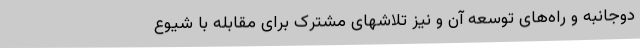
دوجانبه و راه‌های توسعه آن و نیز تلاشهای مشترک برای مقابله با شیوع